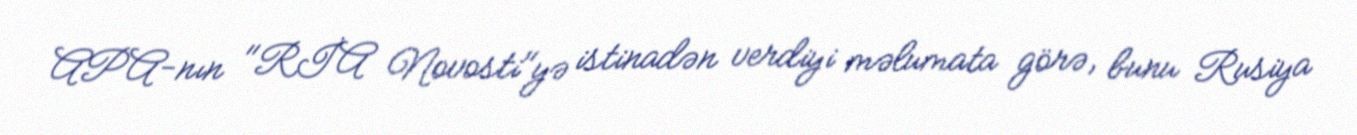
APA-nın "RİA Novosti"yə istinadən verdiyi məlumata görə, bunu Rusiya